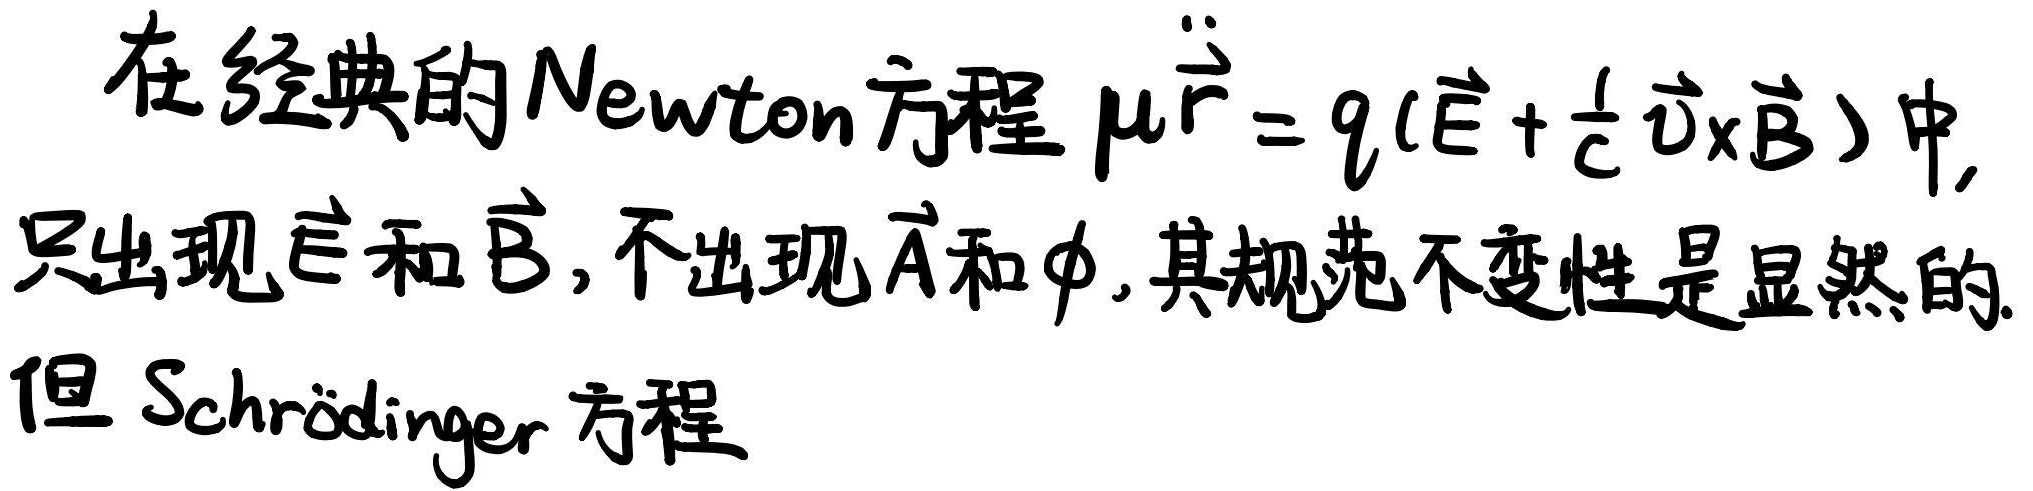
在经典的 Newton 方程 $\mu\ddot{\vec{r}} = q(\vec{E} + \frac{1}{c}\vec{v}\times\vec{B})$ 中，只出现 $\vec{E}$ 和 $\vec{B}$，不出现 $\vec{A}$ 和 $\phi$，其规范不变性是显然的。但 Schrödinger 方程